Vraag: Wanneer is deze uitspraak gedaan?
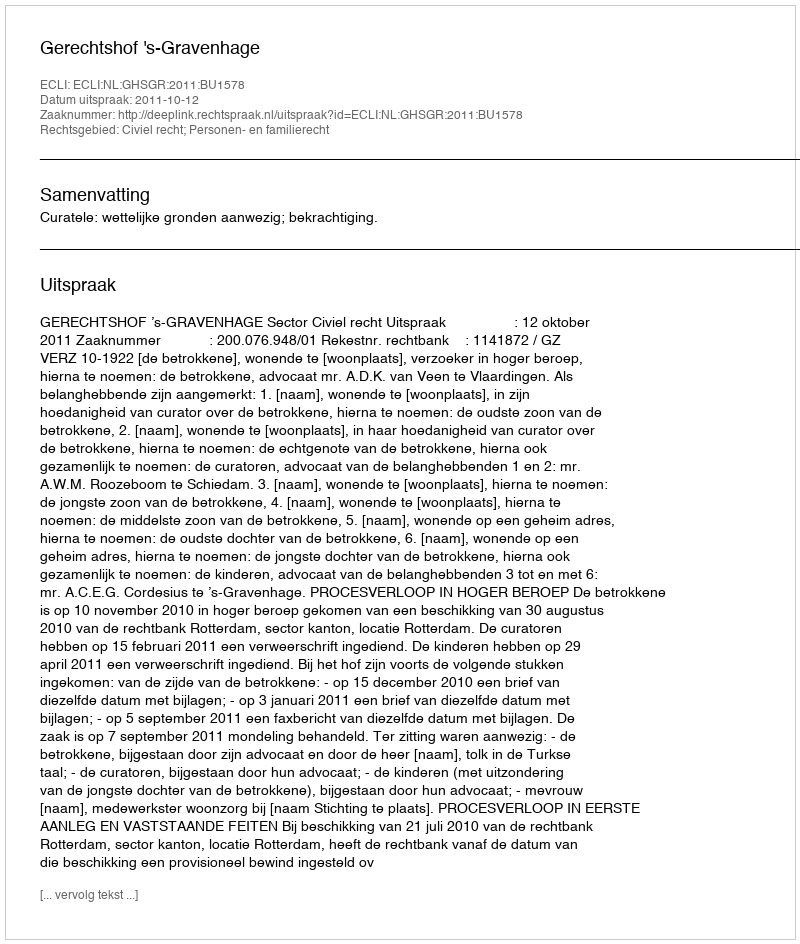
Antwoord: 2011-10-12